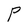
Character: P